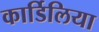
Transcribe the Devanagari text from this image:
कार्डिलिया